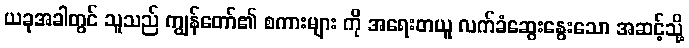
ယခုအခါတွင် သူသည် ကျွန်တော်၏ စကားများ ကို အရေးတယူ လက်ခံဆွေးနွေးသော အဆင့်သို့